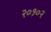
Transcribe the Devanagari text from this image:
२०१०२